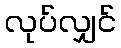
လုပ်လျှင်